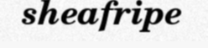
sheafripe